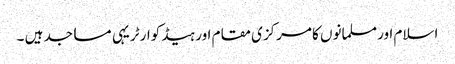
اسلام اور مسلمانوں کا مرکزی مقام اور ہیڈ کوارٹر یہی مساجد ہیں ۔